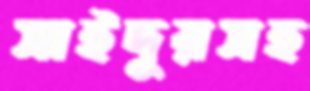
সাইদুরসহ